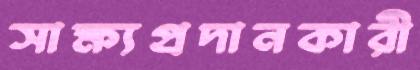
সাক্ষ্যপ্রদানকারী